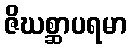
ဇိဃစ္ဆာပရမာ